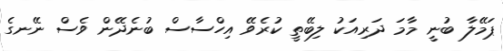
ޕަމޭލާ ބުނީ މާމަ ދަރިއަކު ލިބޭތީ ކުރެވޭ އިހްސާސް ބުނެދޭން ވެސް ނޭނގެ